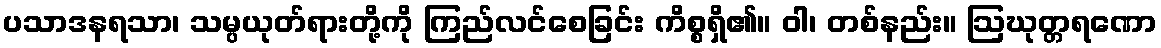
ပသာဒနရသာ၊ သမ္ပယုတ်ရားတို့ကို ကြည်လင်စေခြင်း ကိစ္စရှိ၏။ ဝါ၊ တစ်နည်း။ ဩဃုတ္တရဏော